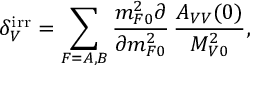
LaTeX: \delta _ { V } ^ { \mathrm { i r r } } = \sum _ { F = A , B } \frac { m _ { F 0 } ^ { 2 } \partial } { \partial m _ { F 0 } ^ { 2 } } \, \frac { A _ { V V } ( 0 ) } { M _ { V 0 } ^ { 2 } } ,